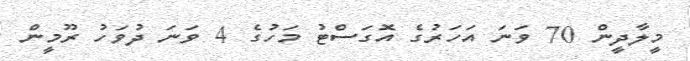
މީލާދީން 70 ވަނަ އަހަރުގެ އޮގަސްޓު މަހުގެ 4 ވަނަ ދުވަހު ރޫމީން